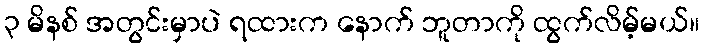
၃ မိနစ် အတွင်းမှာပဲ ရထားက နောက် ဘူတာကို ထွက်လိမ့်မယ်။